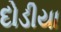
દોડીયા